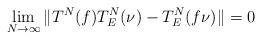
LaTeX: \begin{align*}\lim_{N \to \infty} \Vert T^N(f) T^N_E(\nu) - T^N_E(f\nu) \Vert = 0\end{align*}